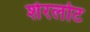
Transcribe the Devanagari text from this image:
शेरलोट